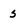
Character: S